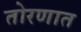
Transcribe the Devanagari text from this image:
तोरणात